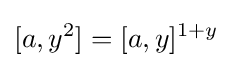
[a,y^{2}]=[a,y]^{1+y}